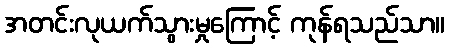
အတင်းလုယက်သွားမှုကြောင့် ကုန်ရသည်သာ။